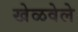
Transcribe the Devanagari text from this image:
खेळवेले